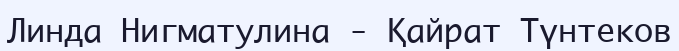
Линда Нигматулина - Қайрат Түнтеков